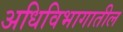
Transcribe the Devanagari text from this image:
अधिविभागातील